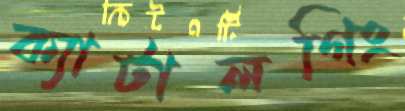
ক্যাটালগিং